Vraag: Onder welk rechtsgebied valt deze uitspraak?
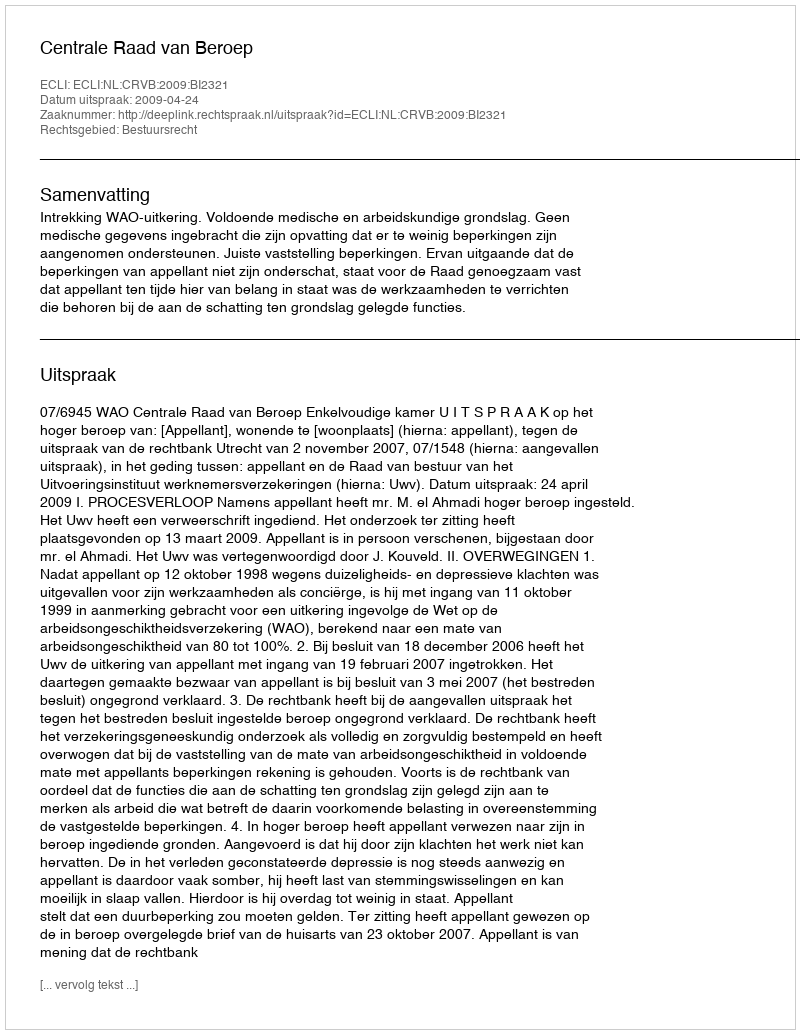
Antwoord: Bestuursrecht